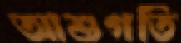
আশুগতি